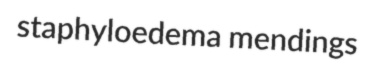
staphyloedema mendings